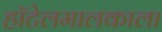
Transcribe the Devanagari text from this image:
हॉटेलमालकाला